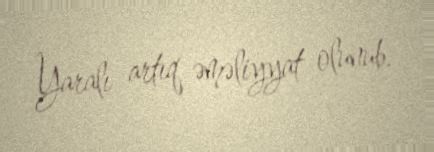
Yaralı artıq əməliyyat olunub.